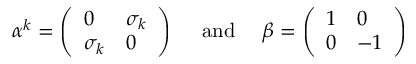
\alpha ^ { k } = \left( \begin{array} { l l } { { 0 } } & { { \sigma _ { k } } } \\ { { \sigma _ { k } } } & { { 0 } } \end{array} \right) \mathrm { ~ ~ ~ ~ a n d ~ ~ ~ ~ } \beta = \left( \begin{array} { l l } { { 1 } } & { { 0 } } \\ { { 0 } } & { { - 1 } } \end{array} \right)